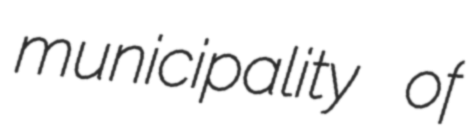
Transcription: municipality of